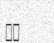
٦٩